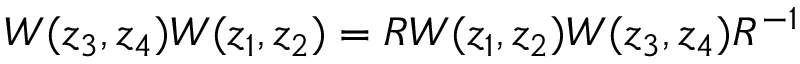
W ( z _ { 3 } , z _ { 4 } ) W ( z _ { 1 } , z _ { 2 } ) = R W ( z _ { 1 } , z _ { 2 } ) W ( z _ { 3 } , z _ { 4 } ) R ^ { - 1 }